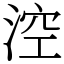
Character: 涳